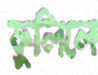
ফুলিলে